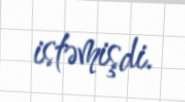
istəmişdi.